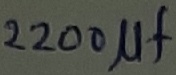
Text: 220µF